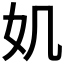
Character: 𡚫